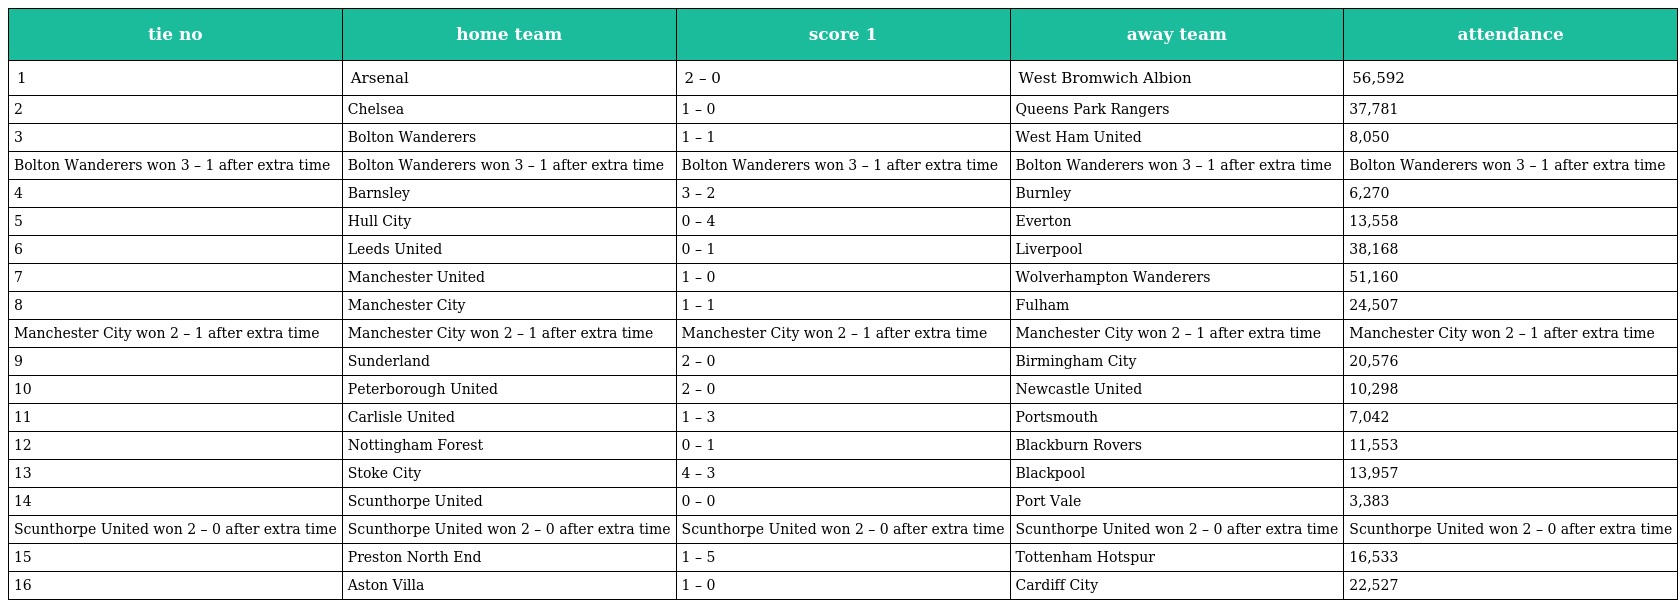
| tie no | home team | score 1 | away team | attendance |
 | --- | --- | --- | --- | --- |
 | 1 | Arsenal | 2 – 0 | West Bromwich Albion | 56,592 |
 | 2 | Chelsea | 1 – 0 | Queens Park Rangers | 37,781 |
 | 3 | Bolton Wanderers | 1 – 1 | West Ham United | 8,050 |
 | Bolton Wanderers won 3 – 1 after extra time | Bolton Wanderers won 3 – 1 after extra time | Bolton Wanderers won 3 – 1 after extra time | Bolton Wanderers won 3 – 1 after extra time | Bolton Wanderers won 3 – 1 after extra time |
 | 4 | Barnsley | 3 – 2 | Burnley | 6,270 |
 | 5 | Hull City | 0 – 4 | Everton | 13,558 |
 | 6 | Leeds United | 0 – 1 | Liverpool | 38,168 |
 | 7 | Manchester United | 1 – 0 | Wolverhampton Wanderers | 51,160 |
 | 8 | Manchester City | 1 – 1 | Fulham | 24,507 |
 | Manchester City won 2 – 1 after extra time | Manchester City won 2 – 1 after extra time | Manchester City won 2 – 1 after extra time | Manchester City won 2 – 1 after extra time | Manchester City won 2 – 1 after extra time |
 | 9 | Sunderland | 2 – 0 | Birmingham City | 20,576 |
 | 10 | Peterborough United | 2 – 0 | Newcastle United | 10,298 |
 | 11 | Carlisle United | 1 – 3 | Portsmouth | 7,042 |
 | 12 | Nottingham Forest | 0 – 1 | Blackburn Rovers | 11,553 |
 | 13 | Stoke City | 4 – 3 | Blackpool | 13,957 |
 | 14 | Scunthorpe United | 0 – 0 | Port Vale | 3,383 |
 | Scunthorpe United won 2 – 0 after extra time | Scunthorpe United won 2 – 0 after extra time | Scunthorpe United won 2 – 0 after extra time | Scunthorpe United won 2 – 0 after extra time | Scunthorpe United won 2 – 0 after extra time |
 | 15 | Preston North End | 1 – 5 | Tottenham Hotspur | 16,533 |
 | 16 | Aston Villa | 1 – 0 | Cardiff City | 22,527 |